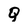
Character: Q